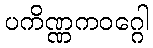
ပကိဏ္ဏကဝဂ္ဂေါ